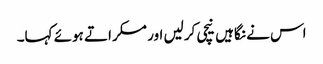
اس نے نگاہیں نیچی کرلیں اور مسکراتے ہوئے کہا۔